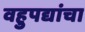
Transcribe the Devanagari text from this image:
वहुपद्यांचा